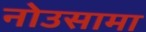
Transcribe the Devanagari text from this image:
नोउसामा